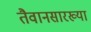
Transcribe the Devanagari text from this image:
तैवानसारख्या